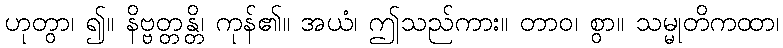
ဟုတွာ၊ ၍။ နိဗ္ဗတ္တန္တိ၊ ကုန်၏။ အယံ၊ ဤသည်ကား။ တာဝ၊ စွာ။ သမ္မုတိကထာ၊